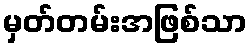
မှတ်တမ်းအဖြစ်သာ